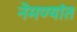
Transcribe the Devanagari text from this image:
नेमण्यांत